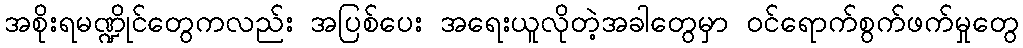
အစိုးရမဏ္ဍိုင်တွေကလည်း အပြစ်ပေး အရေးယူလိုတဲ့အခါတွေမှာ ဝင်ရောက်စွက်ဖက်မှုတွေ